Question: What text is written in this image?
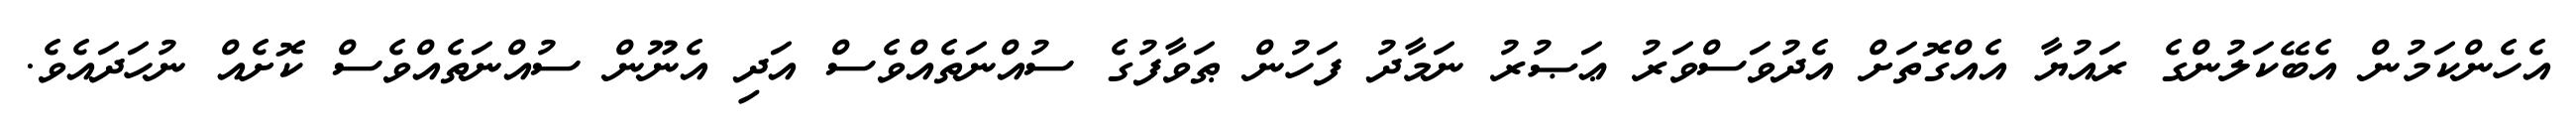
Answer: އެހެންކަމުން އެބޭކަލުންގެ ރައުޔާ އެއްގޮތަށް އެދުވަސްވަރު ޢަޞުރު ނަމާދު ފަހުން ޠަވާފުގެ ސުއްނަތެއްވެސް އަދި އެނޫން ސުއްނަތެއްވެސް ކޮށެއް ނުހަދައެވެ.